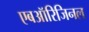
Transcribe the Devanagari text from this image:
एबऑरिजिनल